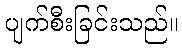
ပျက်စီးခြင်းသည်။